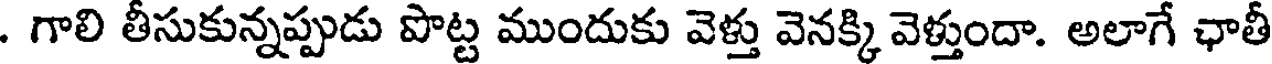
. గాలి తీసుకున్నప్పుడు పొట్ట ముందుకు వెళ్తు వెనక్కి వెళ్తుందా. అలాగే ఛాతీ